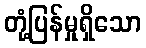
တုံ့ပြန်မှုရှိသော